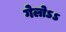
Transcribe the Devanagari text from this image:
गेलोऽऽ